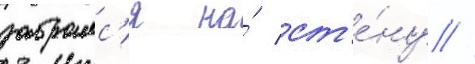
забралс'я на́ ст'е́ну //